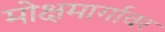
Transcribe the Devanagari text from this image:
मोक्षमार्गावर